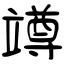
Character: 竴